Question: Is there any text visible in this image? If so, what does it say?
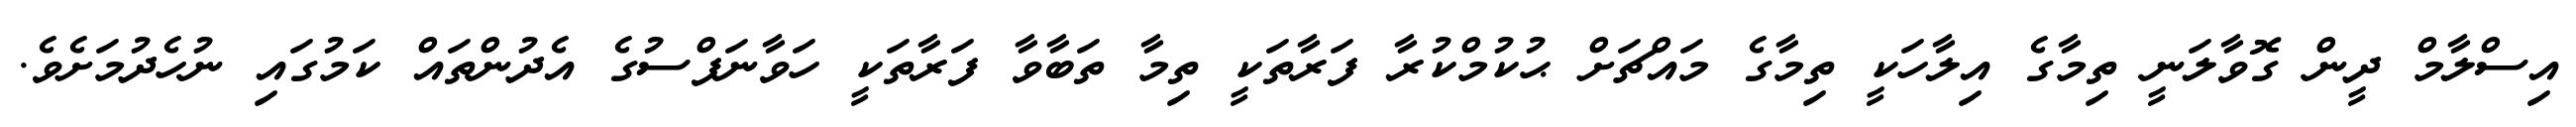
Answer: އިސްލާމް ދީން ގޮވާލަނީ ތިމާގެ އިލާހަކީ ތިމާގެ މައްޗަށް ޙުކުމްކުރާ ފަރާތަކީ ތިމާ ތަބާވާ ފަރާތަކީ ހަވާނަފްސުގެ އެދުންތައް ކަމުގައި ނުހެދުމަށެވެ.